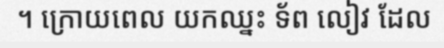
។ ក្រោយពេល យកឈ្នះ ទ័ព លៀវ ដែល